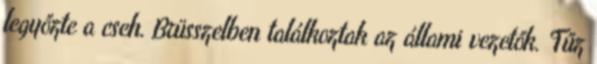
legyőzte a cseh. Brüsszelben találkoztak az állami vezetők. Tűz